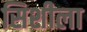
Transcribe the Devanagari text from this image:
सिशीला